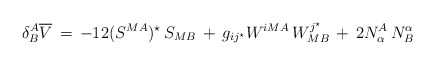
\begin{align*}\delta_B^A {\overline V} \,= \,-12(S^{MA})^\star \, S_{MB}\,+\,g_{ij^\star}W^{iMA}\,W_{MB}^{j^\star}\,+\,2N^A_\alpha \, N^\alpha_B\end{align*}